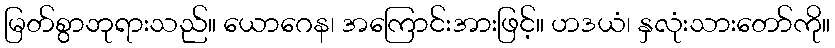
မြတ်စွာဘုရားသည်။ ယောဂေန၊ အကြောင်းအားဖြင့်။ ဟဒယံ၊ နှလုံးသားတော်ကို။